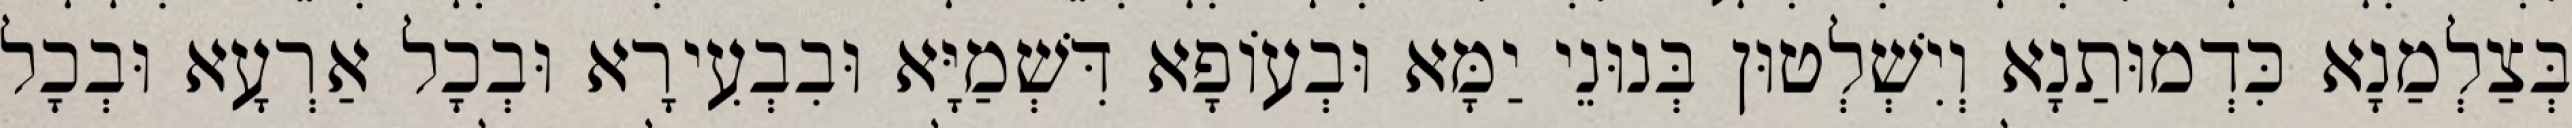
בְּצַלְמַנָא כִּדְמוּתַנָא וְיִשְׁלְטוּן בְּנוּנֵי יַמָּא וּבְעוֹפָא דִּשְׁמַיָּא וּבִבְעִירָא וּבְכָל אַרְעָא וּבְכָל